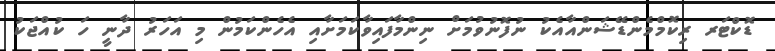
ޑޮކްޓަރ ރިކޮމްމެންޑޭޝަންއާއެކު ނުފޮނުވުމަށް ނިންމާފައިވާކަމަށާއި އެހެންކަމުން މި އަހަރު ދާނީ ހަ ކުއްޖަކު